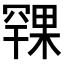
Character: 𪳨